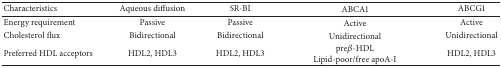
<table><thead><tr><td><b>Characteristics</b></td><td><b>Aqueous diffusion</b></td><td><b>SR-BI</b></td><td><b>ABCA1</b></td><td><b>ABCG1</b></td></tr></thead><tbody><tr><td>Energy requirement</td><td>Passive</td><td>Passive </td><td>Active</td><td>Active</td></tr><tr><td>Cholesterol flux</td><td>Bidirectional</td><td>Bidirectional</td><td>Unidirectional</td><td>Unidirectional</td></tr><tr><td>Preferred HDL acceptors</td><td>HDL2, HDL3</td><td>HDL2, HDL3</td><td>pre<i>β</i>-HDL Lipid-poor/free apoA-I</td><td>HDL2, HDL3</td></tr></tbody></table>